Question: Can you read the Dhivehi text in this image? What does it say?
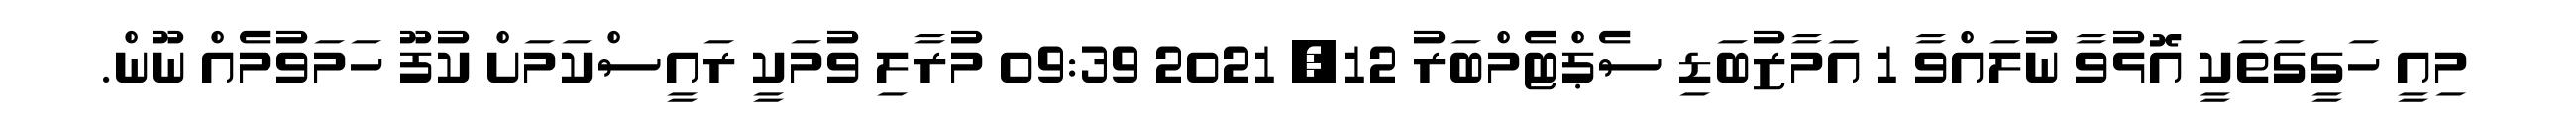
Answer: މިއީ ހަގީގަތަކީ އޮޅުވާ ނުލައްވާ 1 އަމާޒުބަޑި ސެޕްޓެމްބަރު 12, 2021 09:39 މުރާލި ވުމަކީ ރައީސްކަމަށް ކުފޫ ހަމަވުމެއް ނޫން.